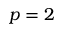
p = 2